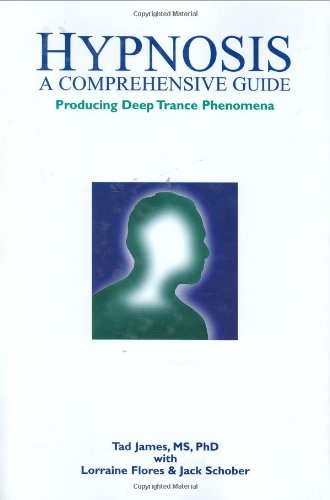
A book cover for Hypnosis: A Comprehensive Guide; Tad James; Health, Fitness & Dieting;